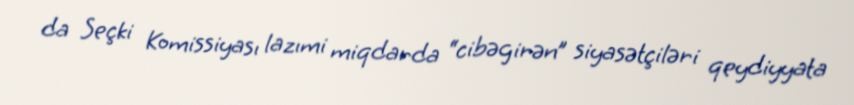
da Seçki Komissiyası lazımi miqdarda “cibəgirən” siyasətçiləri qeydiyyata